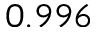
0 . 9 9 6